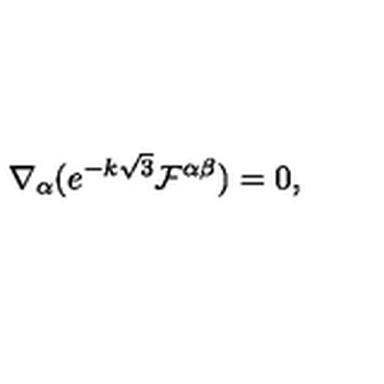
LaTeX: \nabla _ { \alpha } ( e ^ { - k \sqrt { 3 } } \mathcal { F } ^ { \alpha \beta } ) = 0 ,